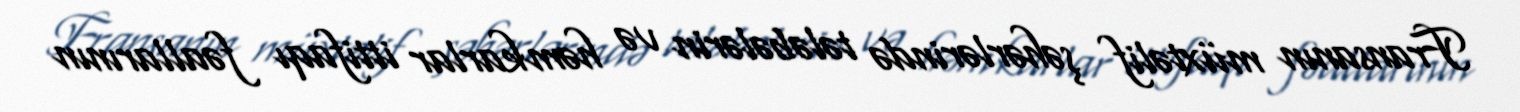
Fransanın müxtəlif şəhərlərində tələbələrin və həmkarlar ittifaqı fəallarının